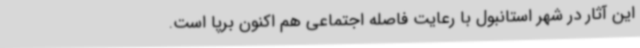
این آثار در شهر استانبول با رعایت فاصله اجتماعی هم اکنون برپا است.